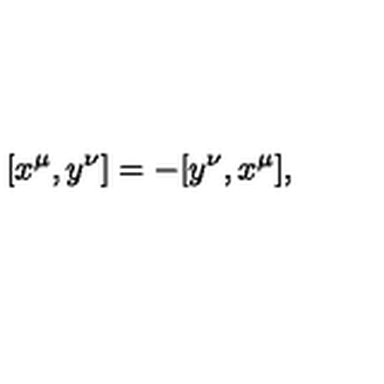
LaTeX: \lbrack x ^ { \mu } , y ^ { \nu } ] = - [ y ^ { \nu } , x ^ { \mu } ] ,